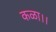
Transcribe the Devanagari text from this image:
कळा।।